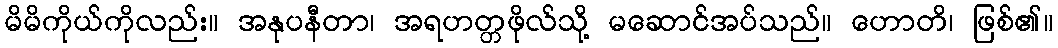
မိမိကိုယ်ကိုလည်း။ အနုပနီတာ၊ အရဟတ္တဖိုလ်သို့ မဆောင်အပ်သည်။ ဟောတိ၊ ဖြစ်၏။